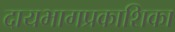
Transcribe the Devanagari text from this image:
दायभागप्रकाशिका